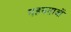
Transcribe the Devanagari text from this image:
गहनताओं